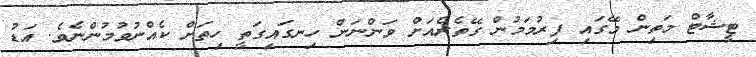
ޓީޝާޓް މަތިން މޭގައި ފިރުމަމުން ގޭތެރެއަށް ވަންނަން ހިނގައިގަތީ ހިތަށް ކެއްނުވުމުންނެވެ. އަޑު